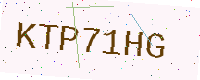
Text: KTP71HG